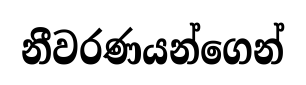
නීවරණයන්ගෙන්